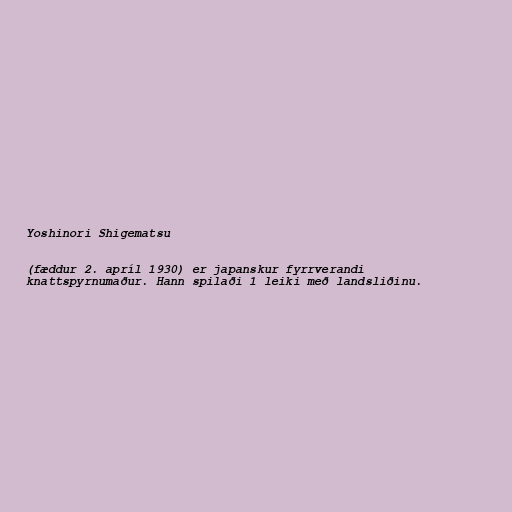
Yoshinori Shigematsu

(fæddur 2. apríl 1930) er japanskur fyrrverandi
knattspyrnumaður. Hann spilaði 1 leiki með landsliðinu.